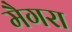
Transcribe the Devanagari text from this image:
मैगरा